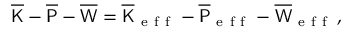
\overline { { \mathsf { K } } } - \overline { { \mathsf { P } } } - \overline { { \mathsf { W } } } = \overline { { \mathsf { K } } } _ { \mathrm { ~ e ~ f ~ f ~ } } - \overline { { \mathsf { P } } } _ { \mathrm { ~ e ~ f ~ f ~ } } - \overline { { \mathsf { W } } } _ { \mathrm { ~ e ~ f ~ f ~ } } \, ,